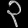
Digit: ၃